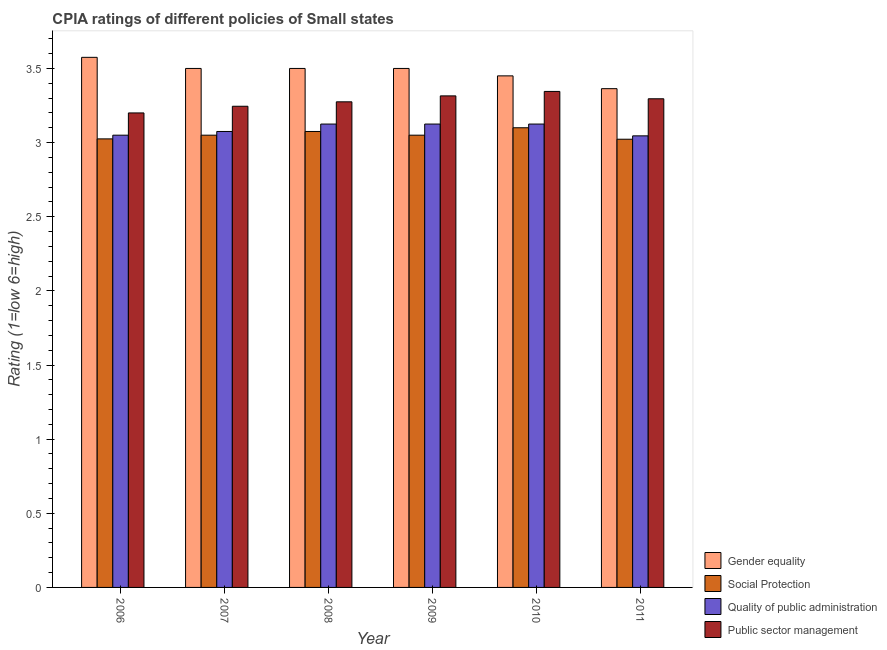
| Year | Gender equality | Social Protection | Quality of public administration | Public sector management |
 | --- | --- | --- | --- | --- |
 | 2006 | 3.58 | 3.02 | 3.05 | 3.2 |
 | 2007 | 3.5 | 3.05 | 3.08 | 3.25 |
 | 2008 | 3.5 | 3.08 | 3.12 | 3.27 |
 | 2009 | 3.5 | 3.05 | 3.12 | 3.31 |
 | 2010 | 3.45 | 3.1 | 3.12 | 3.35 |
 | 2011 | 3.36 | 3.02 | 3.05 | 3.3 |